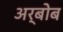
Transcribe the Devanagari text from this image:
अर्बोब